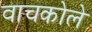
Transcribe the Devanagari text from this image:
वाचकोले